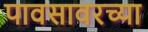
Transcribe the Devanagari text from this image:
पावसावरच्या